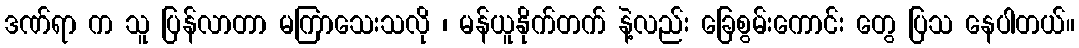
ဒဏ်ရာ က သူ ပြန်လာတာ မကြာသေးသလို ၊ မန်ယူနိုက်တက် နဲ့လည်း ခြေစွမ်းကောင်း တွေ ပြသ နေပါတယ်။